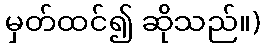
မှတ်ထင်၍ ဆိုသည်။)